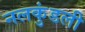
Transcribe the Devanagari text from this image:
नलकुंडली